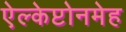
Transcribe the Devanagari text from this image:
ऐल्केप्टोनमेह